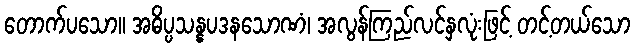
တောက်ပသော။ အဓိပ္ပသန္နပဒနသောဏံ၊ အလွန်ကြည်လင်နှလုံးဖြင့် တင့်တယ်သော